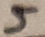
Text: 5